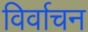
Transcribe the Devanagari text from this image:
विर्वाचन